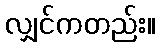
လျှင်ကတည်း။